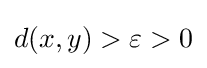
{\textstyle d(x,y)>\varepsilon >0}